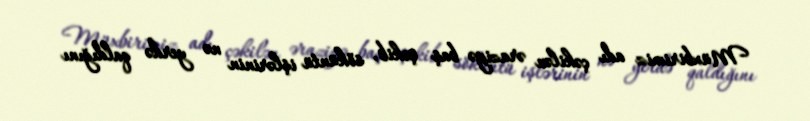
Müxbirimiz adı çəkilən əraziyə baş çəkib, söküntü işlərinin nə yerdə qaldığını